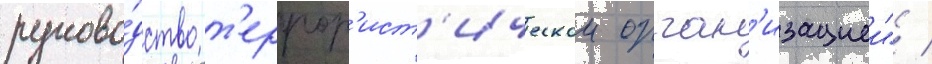
руково́дство т'еррор'ист'ическои орган'изациеи" /